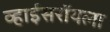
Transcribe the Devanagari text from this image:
व्हाईसरॉयला